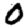
Digit: 0